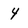
Character: 4